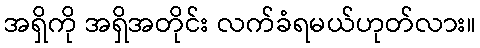
အရှိကို အရှိအတိုင်း လက်ခံရမယ်ဟုတ်လား။